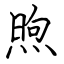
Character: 煦